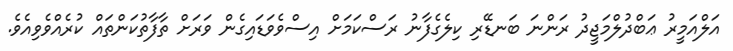
އަލްއަމީރު ޢަބްދުލްމަޖީދު ރަންނަ ބަނޑޭރި ކިލެގެފާނު ރަސްކަމަށް އިސްވެވަޑައިގެން ވަރަށް ތާފާތުކަންތައް ކުރެއްވެވިއެވެ.